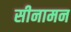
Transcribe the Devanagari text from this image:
सीनामन